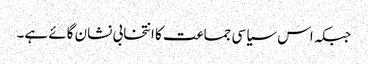
جبکہ اس سیاسی جماعت کا انتخابی نشان گائے ہے۔